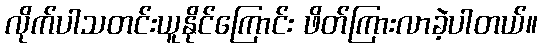
လိုက်ပါသတင်းယူနိုင်ကြောင်း ဖိတ်ကြားလာခဲ့ပါတယ်။